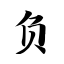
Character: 负